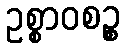
ဥစ္စာဝစဉ္စ